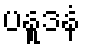
ပနူဒနံ